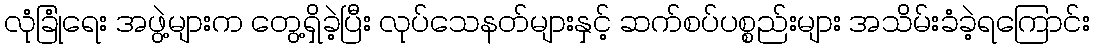
လုံခြုံရေး အဖွဲ့များက တွေ့ရှိခဲ့ပြီး လုပ်သေနတ်များနှင့် ဆက်စပ်ပစ္စည်းများ အသိမ်းခံခဲ့ရကြောင်း